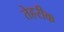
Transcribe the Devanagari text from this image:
तेहरीक